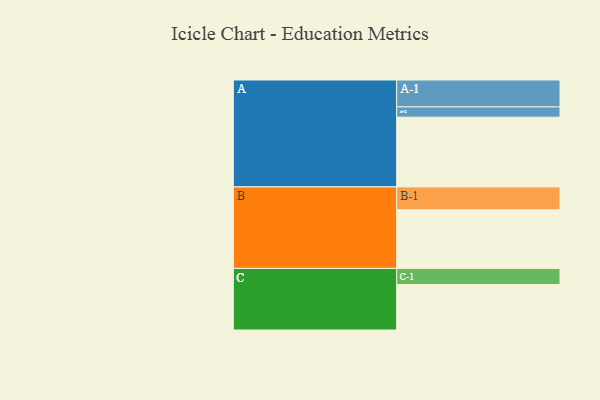
{"axis": {"x": "Segment", "y": "Value"}, "legend": ["", "A", "B", "C"], "data": [{"x": "A", "y": 597, "type": ""}, {"x": "B", "y": 502, "type": ""}, {"x": "C", "y": 389, "type": ""}, {"x": "A-1", "y": 230, "type": "A"}, {"x": "A-2", "y": 88, "type": "A"}, {"x": "B-1", "y": 196, "type": "B"}, {"x": "C-1", "y": 138, "type": "C"}]}